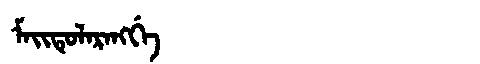
Manchu: ᠮᠠᡳᡨᡠᠯᠠᡵᠠᠩᡤᡝ
Romanization: MAITULARANGGE